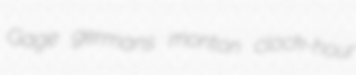
Gage germans monton clock-hour